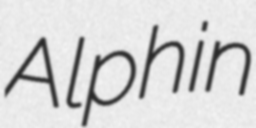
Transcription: Alphin